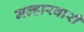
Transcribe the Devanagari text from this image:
मल्हारवारी